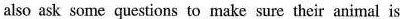
also ask some questions to make sure their animal is